Annual report of the Punjab Veterinary College and of the Civil Veterinary Department, Punjab - 1894-1908
Year: 1894
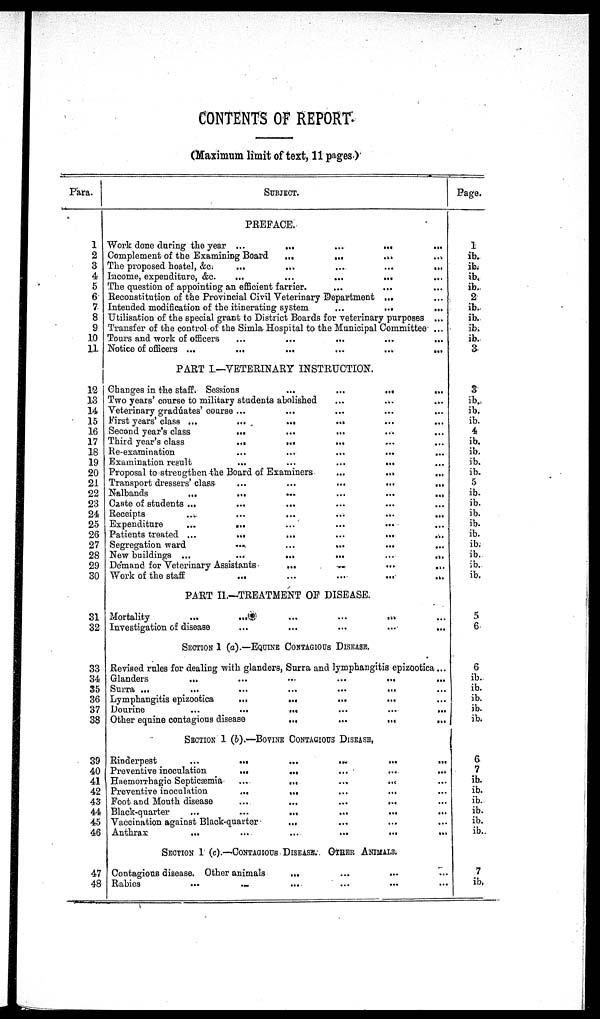
CONTENTS OF REPORT.
(Maximum limit of text, 11 pages)
Para.
1
2
3
4
5
6
7
8
9
10
11
12
13
14
15
16
17
18
19
20
21
22
23
24
25
26
27
28
29
30
31
32
33
34
35
36
37
38
39
40
41
42
43
44
45
46
47
48
SUBJECT.
PREFACE.
Work done during the year ...
...
...
...
...
Complement of the Examining Board
...
...
The proposed hostel, &c.
...
...
...
...
...
Income, expenditure, &c.
...
...
...
...
The question of appointing an efficient farrier. ... ... ...
Reconstitution of the Provincial Civil Veterinary Department ... ...
Intended modification of the itinerating system
...
...
...
Utilisation of the special grant to District Boards for veterinary purposes ...
Transfer of the control of the Simla Hospital to the Municipal Committee ...
Tours and work of officers ... ... ... ... ...
Notice of officers ...
...
...
...
...
...
PART I.—VETERINARY INSTRUCTION.
Changes in the staff. Sessions
...
...
...
Two years' course to military students abolished ... ... ...
Veterinary gradúates' course ... ... ... ... ...
First years' class ...
...
...
... ...
Second year's class ... ... ... ... ...
Third year's class
...
... ... ... ...
Re-examination ... ... ... ... ...
Examination result
...
...
...
...
Proposal to strengthen the Board of Examiners
...
...
...
Transport dressers' class
...
...
...
...
...
Nalbands
...
...
...
...
...
...
Caste of students ... ... ... ... ...
Receipts
...
...
...
...
...
...
Expenditure
...
...
...
...
...
Patients treated ...
...
...
...
...
...
Segregation ward
...
...
... ... ...
New buildings ...
...
...
...
...
...
Demand for Veterinary Assistants
... ... ... ... ...
Work of the staff
...
...
...
...
...
PART II.—TREATMENT OP DISEASE.
Mortality
...
...
...
...
...
Investigation of disease
...
...
...
...
...
SECTION 1 (a).—EQUINE CONTAGIOUS DISEASES.
Revised rules for dealing with glanders, Surra and lymphangitis epizootica ...
Glanders
...
...
...
...
...
Surra ...
...
...
...
...
...
Lymphangitis epizootica
...
...
...
...
Dourine
...
...
...
...
...
...
Other equine contagious disease
...
...
...
...
SECRTION 1 (b).—BOVINE CONTAGIOUS DISEASE.
Rinderpest
...
...
...
...
...
...
Preventive inoculation
...
... ... ... ...
Haemorrhagic Septicæmia
...
...
...
...
Preventive inoculation
...
...
...
...
Foot and Mouth disease ... ... ... ... ...
Black-quarter
...
...
...
...
...
...
Vaccination against Black-quartor ... ... ... ...
Anthrax
...
...
...
...
...
...
SECTION 1 (c).—CONTAGIOUS DISEASE. OTHER ANIMALS.
Contagious disease. Other animals
... ... ... ...
Rabies
...
... ... ... ... ...
Page.
1
ib.
ib.
ib.
ib.
2
ib.
ib.
ib.
ib.
3
3
ib.
ib.
ib.
4
ib.
ib.
ib.
ib.
5
ib.
ib.
ib.
ib.
ib.
ib.
ib.
ib.
ib.
5
6
6
ib.
ib.
ib.
ib.
ib.
6
7
ib.
ib.
ib.
ib.
ib.
ib.
7
ib.